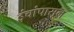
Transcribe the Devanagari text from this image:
इंचांपासून